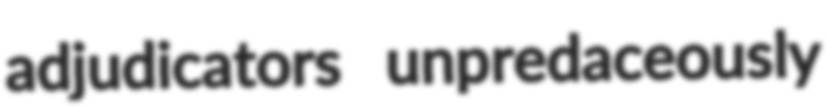
adjudicators unpredaceously